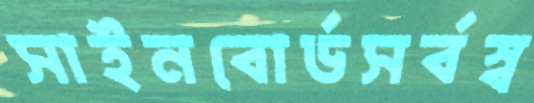
সাইনবোর্ডসর্বস্ব